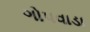
ગોપવાડા